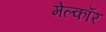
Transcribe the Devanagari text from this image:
मेल्कॉर